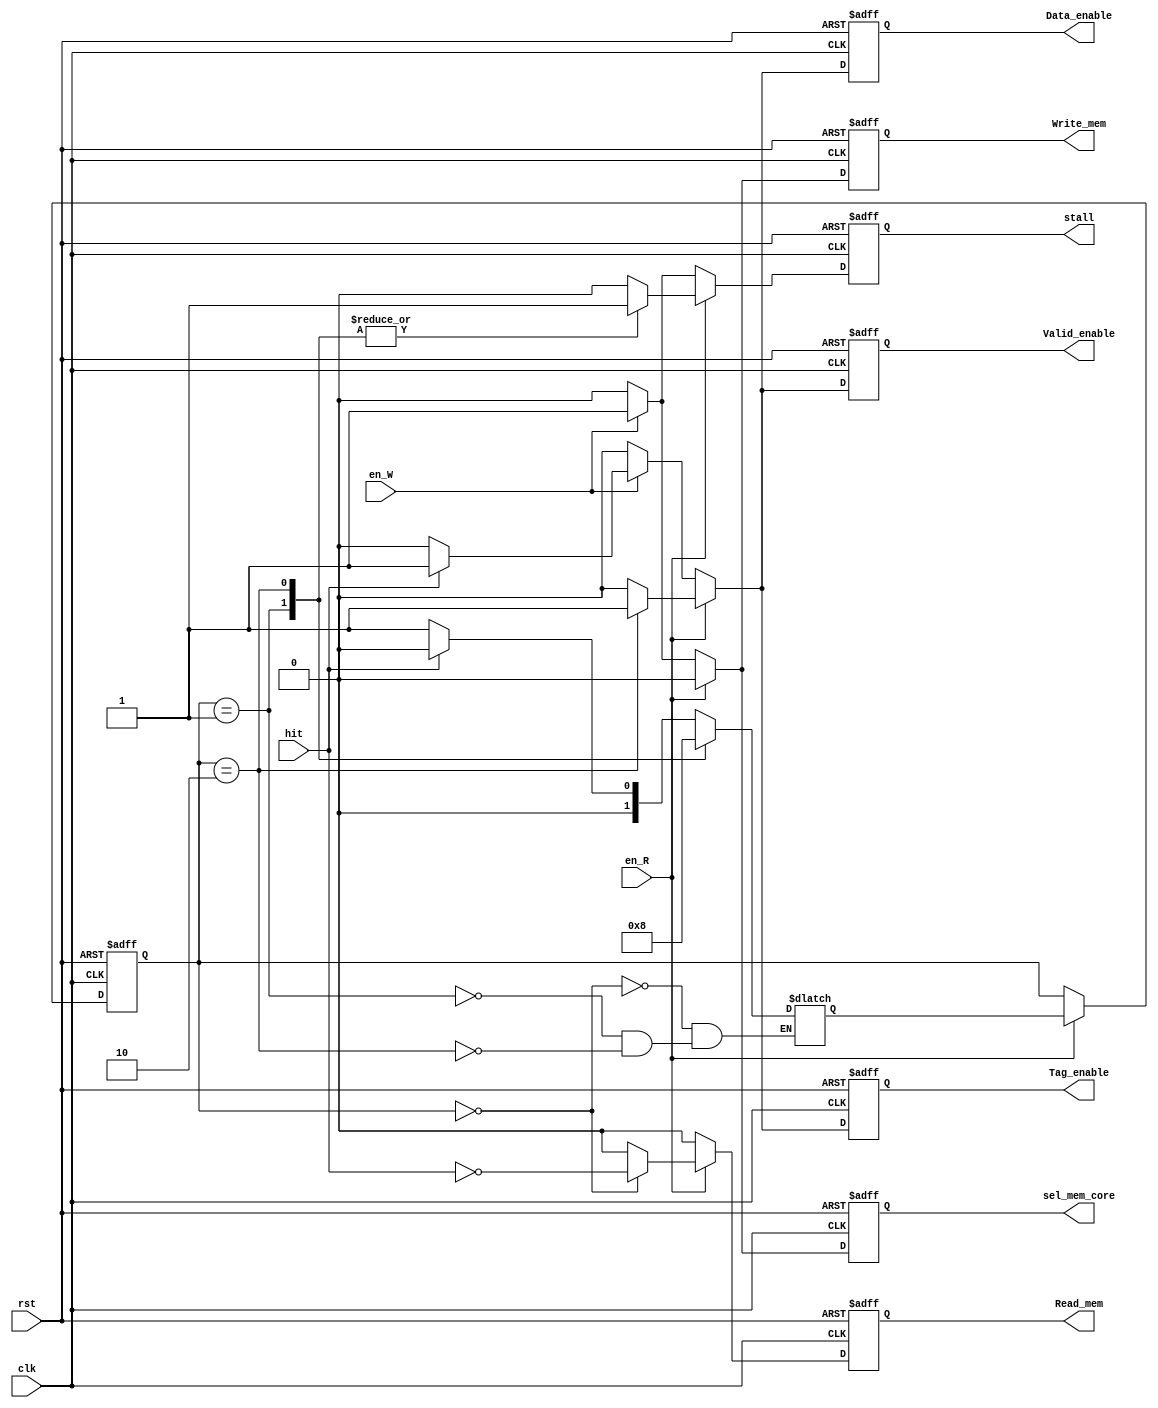
// Cache Control

module Cache_Control ( 
					   clk,
					   rst,
					   // input
					   en_R,
					   en_W,
					   hit,
					   // output
					   Read_mem,
					   Write_mem,
					   Valid_enable,
					   Tag_enable,
					   Data_enable,
					   sel_mem_core,
					   stall
					   );
	
	input clk, rst;
	input en_R;
	input en_W;
  input hit;
	
	output reg Read_mem;
	output reg Write_mem;
	output reg Valid_enable;
	output reg Tag_enable;
	output reg Data_enable;
	output reg sel_mem_core;		// 0 data from mem, 1 data from core
	output reg stall;
	
	// write your code here

	// state
	parameter Idle		   = 0,
			  		Wait       = 1,
			  		Read_data  = 2;
	
	reg [1:0] nxt_state;
	reg [1:0] cur_state;
	// FSM
	always @ (*) begin
		case (cur_state)
		Idle		   : nxt_state <= !hit ? Wait : Idle;
		Wait       : nxt_state <= Read_data;
		Read_data	 : nxt_state <= Idle;
		endcase
	end	

	always @(posedge clk or posedge rst) begin
		if (rst) begin
			// reset
			cur_state       <= Idle;
			Read_mem        <= 0;
			Write_mem       <= 0;
			Valid_enable    <= 0;
			Tag_enable      <= 0;
			Data_enable     <= 0;
			sel_mem_core    <= 0;
			stall           <= 0;
		end
		else begin
			Read_mem        <= 0;
			Write_mem       <= 0;
			Valid_enable    <= 0;
			Tag_enable      <= 0;
			Data_enable     <= 0;
			sel_mem_core    <= 0;
			stall           <= 0;
			// read 
			if (en_R) begin
				case (cur_state)
					Idle: begin
						Read_mem <= ~hit;
					end
					Wait: begin
						stall <= 1;
					end
					Read_data: begin
						Valid_enable <= 1;
						Tag_enable   <= 1;
						Data_enable  <= 1;
						stall        <= 1;
					end
				endcase
				cur_state <= nxt_state;
			end
			// write
			else if (en_W) begin
				// write hit
				if(hit) begin
					Write_mem       <= 1;
					Valid_enable    <= 1;
					Tag_enable      <= 1;
					Data_enable     <= 1;
					sel_mem_core    <= 1;
					stall           <= 1;
				end
				// write miss
				else begin
					Write_mem       <= 1;
					Valid_enable    <= 0;
					Tag_enable      <= 0;
					Data_enable     <= 0;
					sel_mem_core    <= 1;
					stall           <= 1;
				end
			end
		end
	end


endmodule